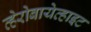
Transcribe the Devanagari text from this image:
व्हेरोबायेव्हाइट